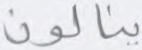
ينالون